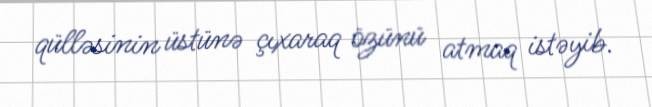
qülləsinin üstünə çıxaraq özünü atmaq istəyib.